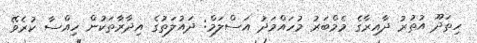
ހިތަދޫ އުތުރު ދާއިރާގެ މެމްބަރު މުހައްމަދު އަސްލަމް: ދައުލަތުގެ އިދާރާތަކުން ހިއްސާ ކުރެވޭ